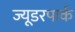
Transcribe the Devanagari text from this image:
ज्यूडरपार्क